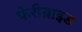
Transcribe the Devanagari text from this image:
फेरीब्राइड